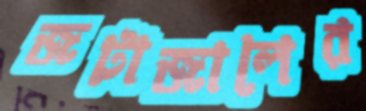
জটাজালের